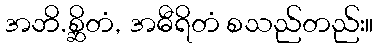
အဘိ.စ္ဆိတံ, အဓီရိတံ စသည်တည်း။